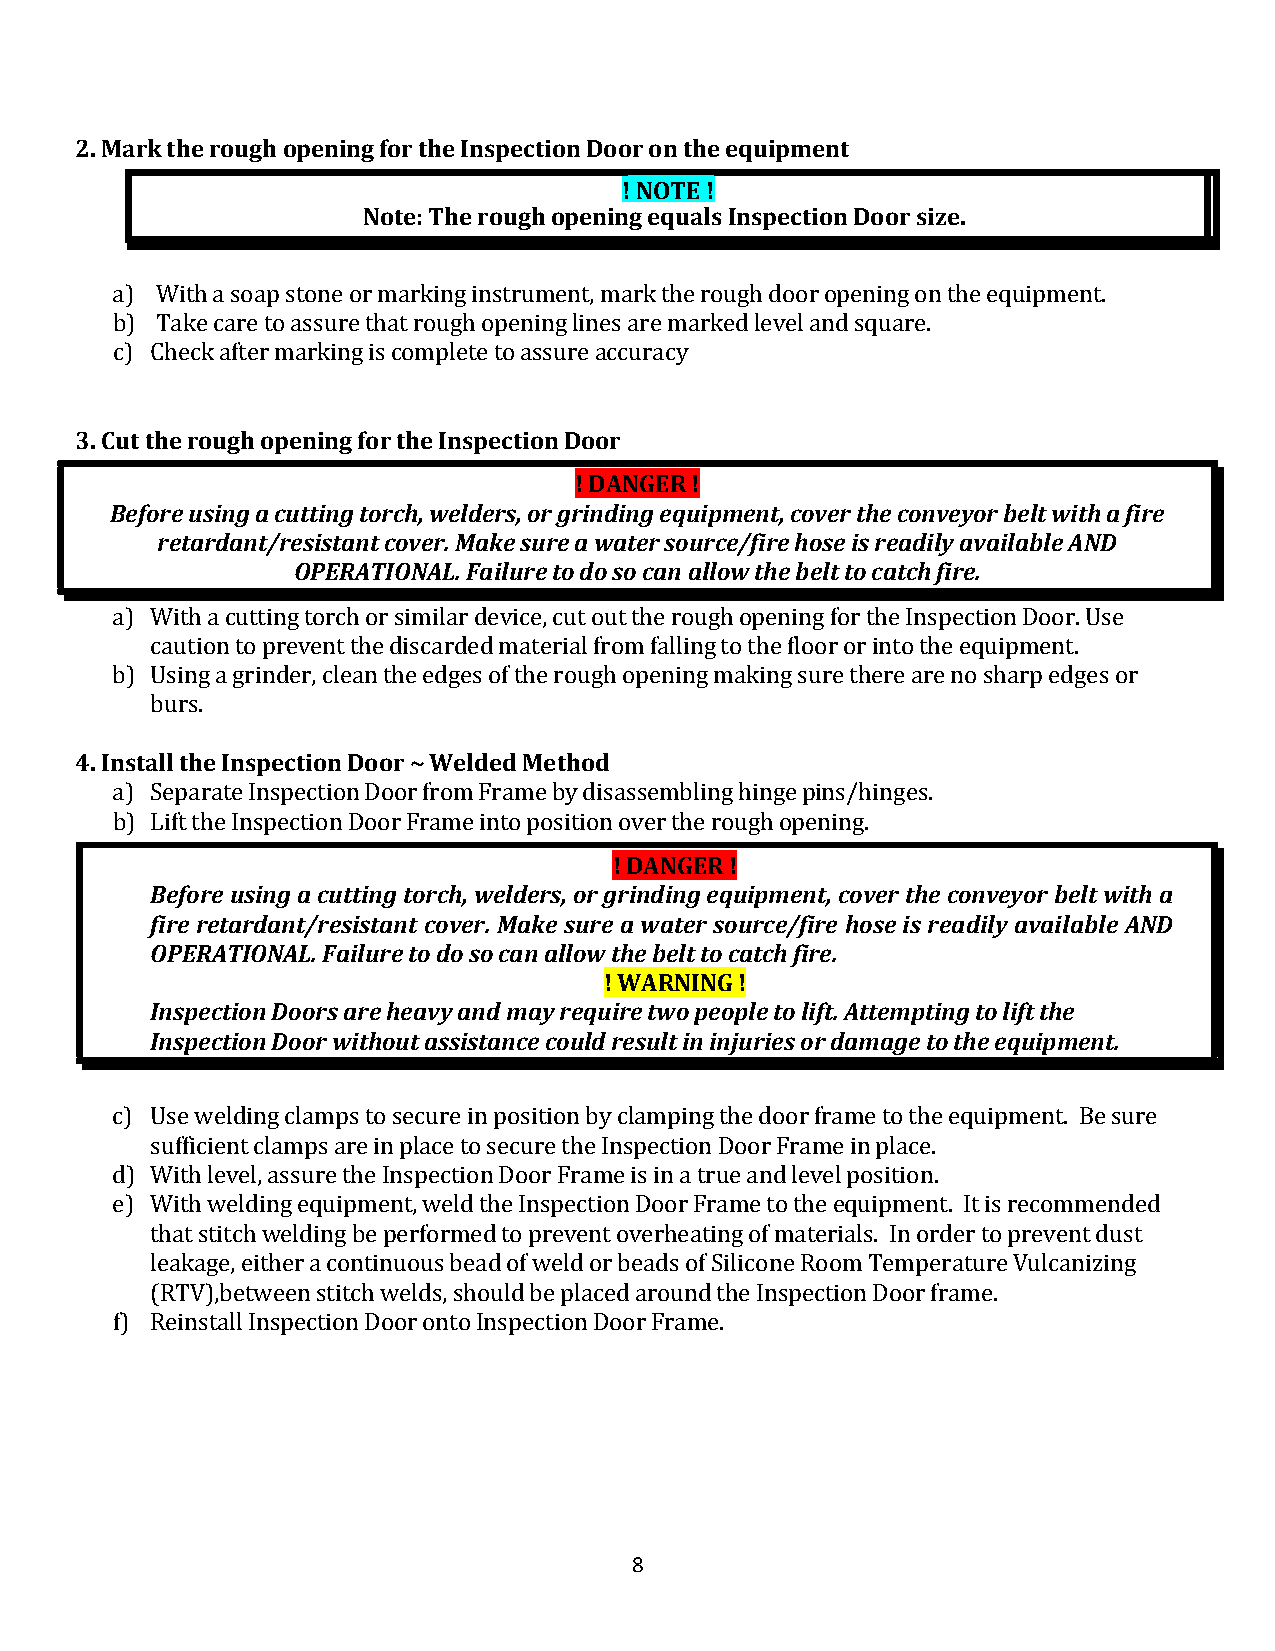
2. Mark the rough opening for the Inspection Door on the equipment
 ! NOTE !
 Note: The rough opening equals Inspection Door size.
 a) With a soap stone or marking instrument, mark the rough door opening on the equipment.
 b) Take care to assure that rough opening lines are marked level and square.
 c) Check after marking is complete to assure accuracy
 3. Cut the rough opening for the Inspection Door
 ! DANGER !
 Before using a cutting torch, welders, or grinding equipment, cover the conveyor belt with a fire
 retardant/resistant cover. Make sure a water sou rce/fire hose is readily available AND
 OPERATIONAL. Failure to do so can allow the belt to catch fire.
 a) With a cutting torch or similar device, cut out the rough opening for the Inspection Door. Use
 caution to prevent the discarded material from falling to the floor or into the equipment.
 b) Using a grinder, clean the edges of the rough opening making sure there are no sharp edges or
 4. Instablul rtsh.e Inspection Door ~ Welded Method
 a) Separate Inspection Door from Frame by disassembling hinge pins/hinges.
 ! DANGER !
 b) Lift the Inspection Door Frame into position over the rough opening.
 Before using a cutting torch, welders, or grinding equipment, cover the conveyor belt with a
 fire retardant/resistant cover. Make sure a water so urce/fire hose is readily available AND
 OPERATIONAL. Failure to do so can allow the belt to catch fire.
 ! WARNING !
 Inspection Doors are heavy and may require two people to lift. Attempting to lift the
 Inspection Door without assistance could result in inju ries or damage to the equipment.
 c) Use welding clamps to secure in position by clamping the door frame to the equipment. Be sure
 sufficient clamps are in place to secure the Inspection Door Frame in place.
 d) With level, assure the Inspection Door Frame is in a true and level position.
 e) With welding equipment, weld the Inspection Door Frame to the equipment. It is recommended
 that stitch welding be performed to prevent overheating of materials. In order to prevent dust
 leakage, either a continuous bead of weld or beads of Silicone Room Temperature Vulcanizing
 (RTV),between stitch welds, should be placed around the Inspection Door frame.
 f) Reinstall Inspection Door onto Inspection Door Frame.
 8